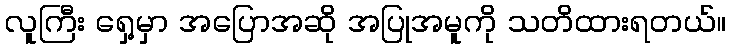
လူကြီး ရှေ့မှာ အပြောအဆို အပြုအမူကို သတိထားရတယ်။